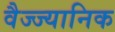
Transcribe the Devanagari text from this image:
वैज्ज्यानिक